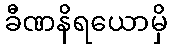
ခီဏနိရယောမှိ